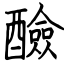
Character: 醶